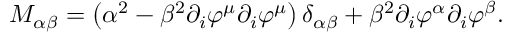
M _ { \alpha \beta } = \left( \alpha ^ { 2 } - \beta ^ { 2 } \partial _ { i } \varphi ^ { \mu } \partial _ { i } \varphi ^ { \mu } \right) \delta _ { \alpha \beta } + \beta ^ { 2 } \partial _ { i } \varphi ^ { \alpha } \partial _ { i } \varphi ^ { \beta } .